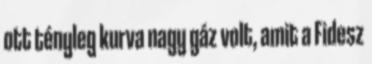
ott tényleg kurva nagy gáz volt, amit a Fidesz